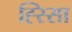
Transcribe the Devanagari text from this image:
ह्स्सिा